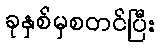
ခုနှစ်မှစတင်ပြီး